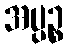
အပ္ပဉ္စ